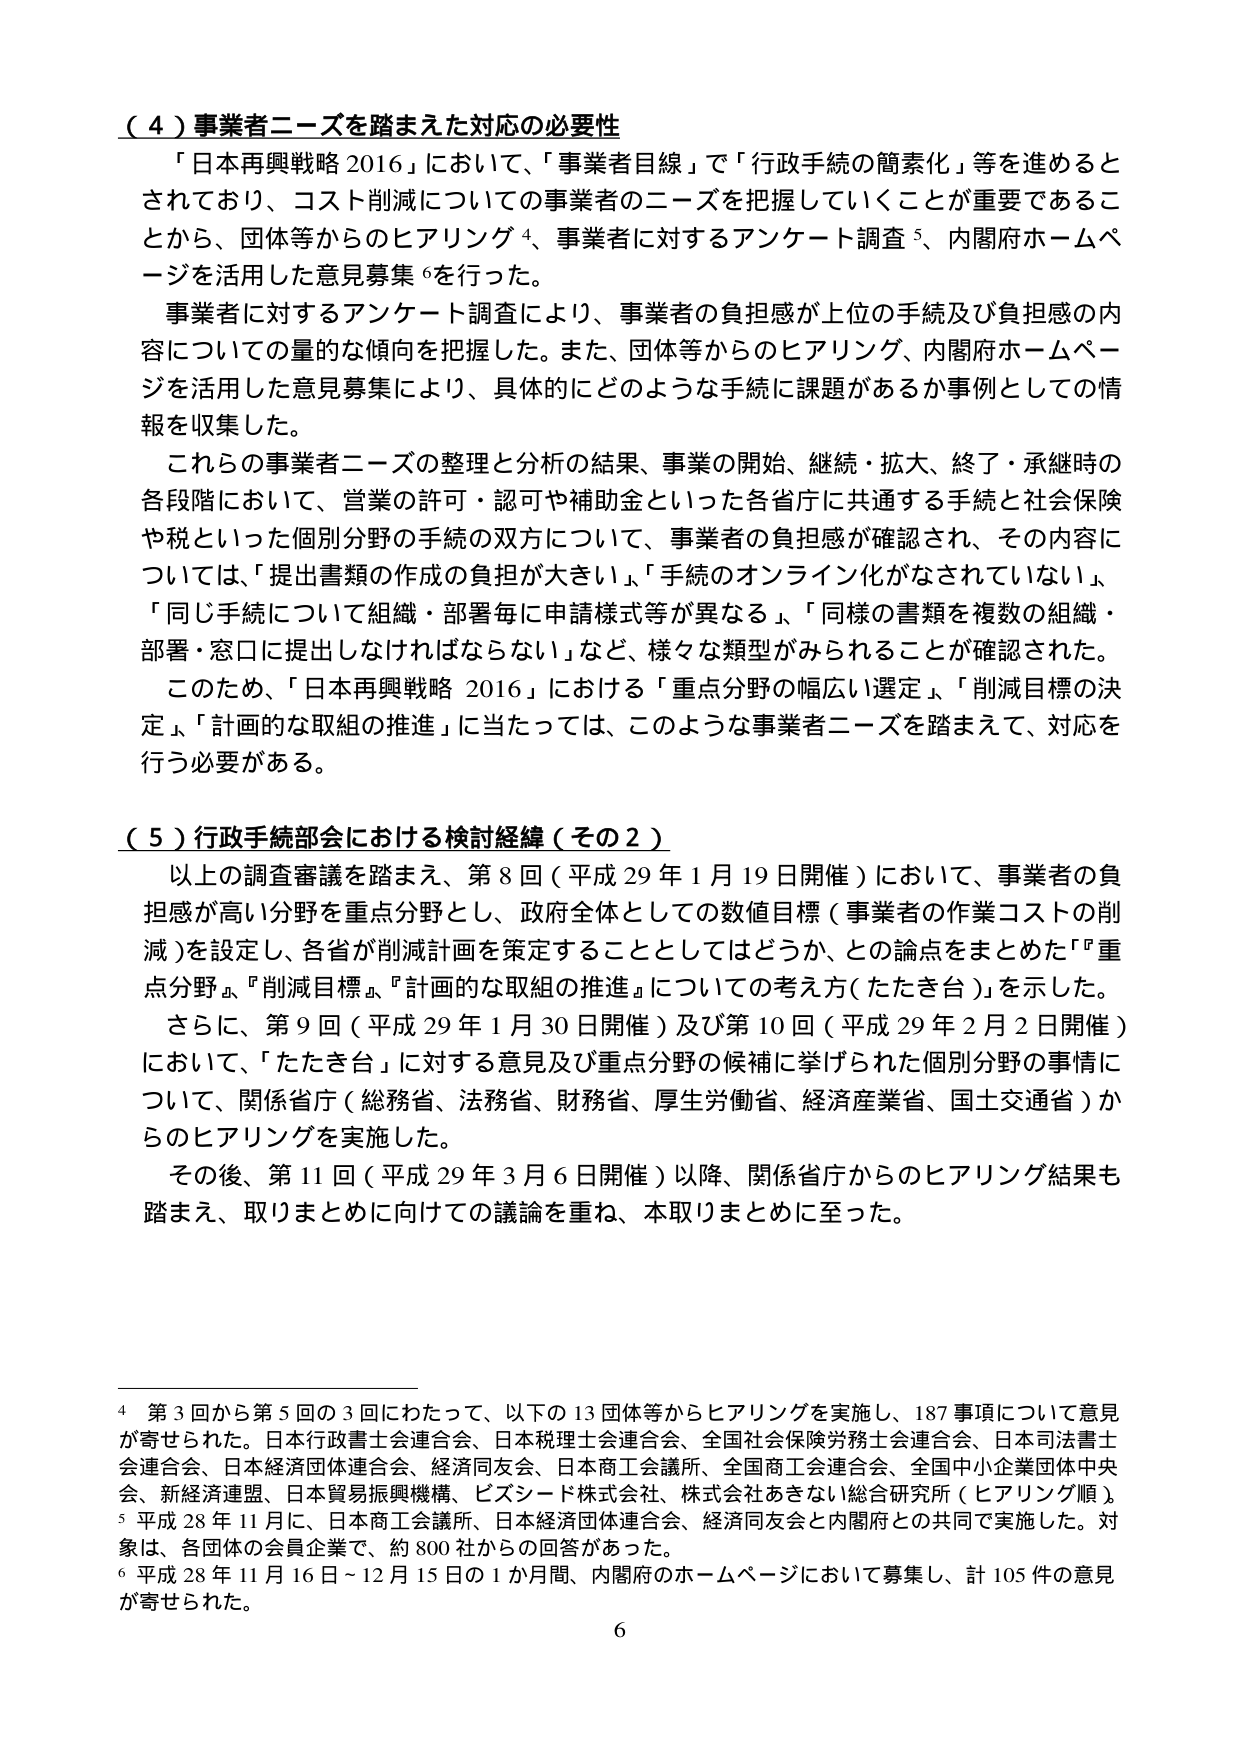
（４）事業者ニーズを踏まえた対応の必要性
「日本再興戦略 2016」において、「事業者目線」で「行政手続の簡素化」等を進めるとしており、コスト削減についての事業者のニーズを把握していくことが重要であることから、団体等からのヒアリング⁴、事業者に対するアンケート調査⁵、内閣府ホームページを活用した意見募集⁶を行った。
事業者に対するアンケート調査により、事業者の負担感が上位の手続及び負担感の内容についての量的な傾向を把握した。また、団体等からのヒアリング、内閣府ホームページを活用した意見募集により、具体的にどのような手続に課題があるか事例としての情報を収集した。
これらの事業者ニーズの整理と分析の結果、事業の開始、継続・拡大、終了・承継時の各段階において、営業の許可・認可や補助金といった各省庁に共通する手続と社会保険や税といった個別分野の手続の双方について、事業者の負担感が確認され、その内容については、「提出書類の作成の負担が大きい」、「手続のオンライン化がなされていない」、「同じ手続について組織・部署毎に申請様式等が異なる」、「同様の書類を複数の組織・部署・窓口に提出しなければならない」など、様々な類型がみられることが確認された。
このため、「日本再興戦略 2016」における「重点分野の幅広い選定」、「削減目標の決定」、「計画的な取組の推進」に当たっては、このような事業者ニーズを踏まえて、対応を行う必要がある。

（５）行政手続部会における検討経緯（その２）
以上の調査審議を踏まえ、第８回（平成29年1月19日開催）において、事業者の負担感が高い分野を重点分野とし、政府全体としての数値目標（事業者の作業コストの削減）を設定し、各省が削減計画を策定することとしてはどうか、との論点をまとめた「『重点分野』『削減目標』『計画的な取組の推進』についての考え方（たたき台）」を示した。
さらに、第９回（平成29年1月30日開催）及び第10回（平成29年2月2日開催）において、「たたき台」に対する意見及び重点分野の候補に挙げられた個別分野の事情について、関係省庁（総務省、法務省、財務省、厚生労働省、経済産業省、国土交通省）からのヒアリングを実施した。
その後、第11回（平成29年3月6日開催）以降、関係省庁からのヒアリング結果も踏まえ、取りまとめに向けての議論を重ね、本取りまとめに至った。

⁴ 第3回から第5回の3回にわたって、以下の13団体等からヒアリングを実施し、187事項について意見が寄せられた。日本行政書士会連合会、日本税理士会連合会、全国社会保険労務士会連合会、日本司法書士会連合会、日本経済団体連合会、経済同友会、日本商工会議所、全国商工会連合会、全国中小企業団体中央会、新経済連盟、日本貿易振興機構、ビズシード株式会社、株式会社あきない総合研究所（ヒアリング順）。
⁵ 平成28年11月に、日本商工会議所、日本経済団体連合会、経済同友会と内閣府との共同で実施した。対象は、各団体の会員企業で、約800社からの回答があった。
⁶ 平成28年11月16日～12月15日の1か月間、内閣府のホームページにおいて募集し、計105件の意見が寄せられた。

6